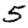
Digit: 5